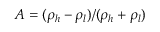
A = ( \rho _ { h } - \rho _ { l } ) / ( \rho _ { h } + \rho _ { l } )